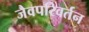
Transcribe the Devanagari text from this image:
जैवपरिवर्तन